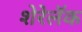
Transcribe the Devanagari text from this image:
शेरेलॅक